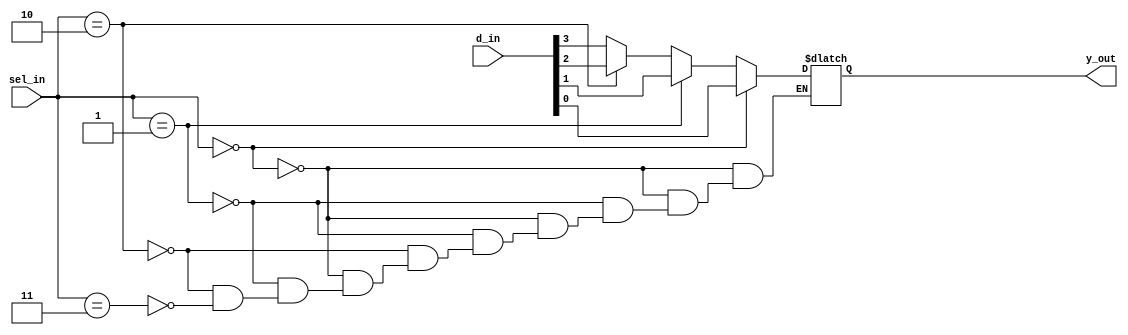
`timescale 1ns / 1ps
//////////////////////////////////////////////////////////////////////////////////
// Company: 
// Engineer: 
// 
// Design Name: 
// Module Name: mux_4to1
// Project Name: 
// Target Devices: 
// Tool Versions: 
// Description: 
// 
// Dependencies: 
// 
// Revision:
// Revision 0.01 - File Created
// Additional Comments:
// 
//////////////////////////////////////////////////////////////////////////////////


module mux_4to1(

input[3:0] d_in,
input[1:0] sel_in,
output reg y_out);

always@(*)
begin
if(sel_in==2'b00)
    y_out=d_in[0];
else if(sel_in==2'b01)
    y_out=d_in[1];
   
else if(sel_in==2'b10)
    y_out=d_in[2];
    
else if(sel_in==2'b11)
    y_out=d_in[3];
end
endmodule